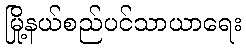
မြို့နယ်စည်ပင်သာယာရေး